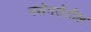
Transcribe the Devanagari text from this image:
नसेनसेतील